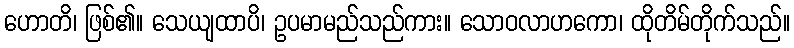
ဟောတိ၊ ဖြစ်၏။ သေယျထာပိ၊ ဥပမာမည်သည်ကား။ သောဝလာဟကော၊ ထိုတိမ်တိုက်သည်။